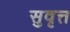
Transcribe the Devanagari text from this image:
सुवृत्त